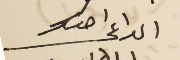
الداعى اخوكم